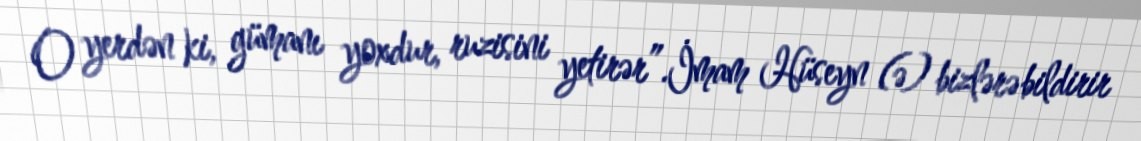
O yerdən ki, gümanı yoxdur, ruzisini yetirər”.İmam Hüseyn (ə) bizlərə bildirir